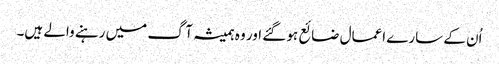
اُن کے سارے اعمال ضائع ہو گئے اور وہ ہمیشہ آگ میں رہنے والے ہیں۔